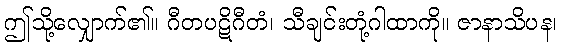
ဤသို့လျှောက်၏။ ဂီတပဋိဂီတံ၊ သီချင်းတုံ့ဂါထာကို။ ဇာနာသိပန၊